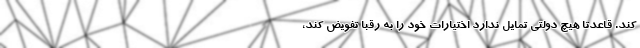
کند. قاعدتا هیچ دولتی تمایل ندارد اختیارات خود را به رقبا تفویض کند،